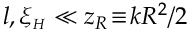
l , \xi _ { { \scriptscriptstyle H } } \ll z _ { R } \! \equiv \! k R ^ { 2 } / 2